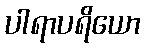
ပါရာပရိယော